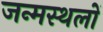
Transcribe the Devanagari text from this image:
जन्मस्थलों